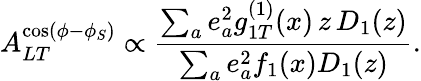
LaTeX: A_{LT}^{\cos(\phi-\phi_{S})}\propto\frac{\sum_{a}e_{a}^{2}g_{1T}^{(1)}(x)\, z\, D_{1}(z)}{\sum_{a}e_{a}^{2}f_{1}(x)D_{1}(z)}.